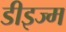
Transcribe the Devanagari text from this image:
डीइज्म